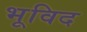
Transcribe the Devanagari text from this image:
भूविद